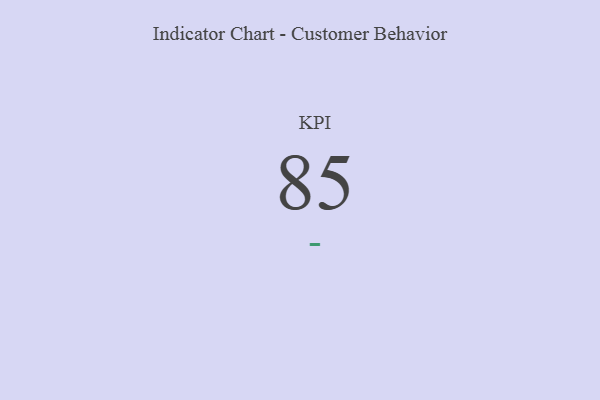
{"axis": {"x": "KPI", "y": "Value"}, "legend": [""], "data": [{"x": "KPI", "y": 85, "type": ""}]}